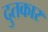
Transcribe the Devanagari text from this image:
दुतकार